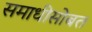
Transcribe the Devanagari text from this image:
समाधीसोबत